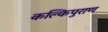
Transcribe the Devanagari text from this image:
कल्किपुराण